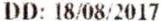
DD: 18/08/2017